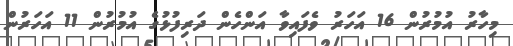
މިހާރު އުމުރުން 16 އަހަރު ވެފައިވާ އަންހެން ދަރިފުޅުގެ އުމުރުން 11 އަހަރުން